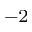
^ { - 2 }